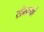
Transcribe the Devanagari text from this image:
संखयों